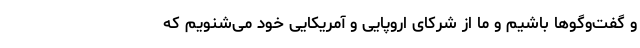
و گفت‌‌وگوها باشیم و ما از شرکای اروپایی و آمریکایی خود می‌شنویم که